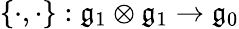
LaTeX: \{ \cdot,\cdot\} :{\mathfrak{g}}_{1}\otimes{\mathfrak{g}}_{1}\rightarrow{\mathfrak{g}}_{0}